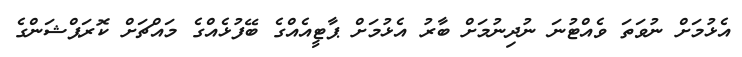
އެޅުމަށް ނުވަތަ ވެއްޓުނަ ނުދިނުމަށް ބާރު އެޅުމަށް ޕާޓީއެއްގެ ބޭފުޅެއްގެ މައްޗަށް ކޮރަޕްޝަންގެ